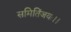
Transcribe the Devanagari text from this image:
समितिंजयः।।